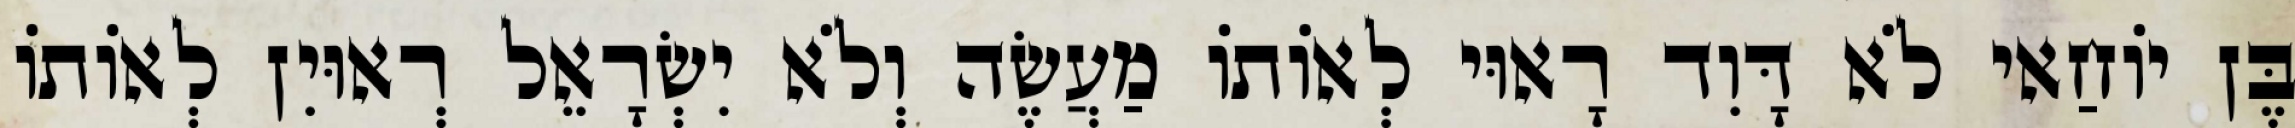
בֶּן יוֹחַאי לֹא דָּוִד רָאוּי לְאוֹתוֹ מַעֲשֶׂה וְלֹא יִשְׂרָאֵל רְאוּיִן לְאוֹתוֹ